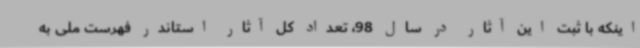
اینکه با ثبت این آثار در سال 98، تعداد کل آثار استاندر فهرست ملی به